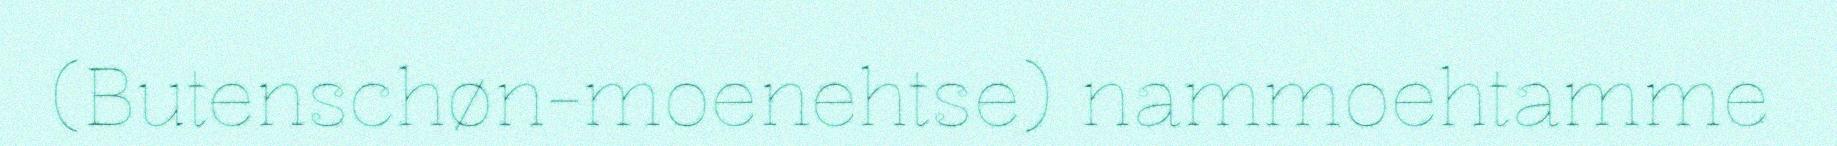
(Butenschøn-moenehtse) nammoehtamme